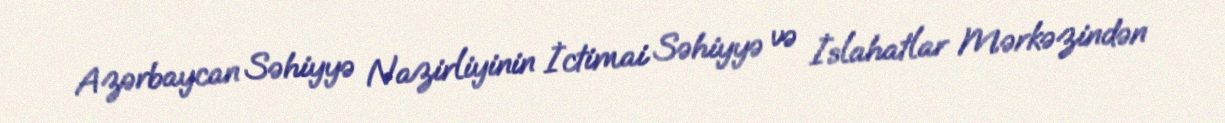
Azərbaycan Səhiyyə Nazirliyinin İctimai Səhiyyə və İslahatlar Mərkəzindən